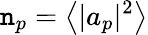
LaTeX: \mathtt{n}_{p}=\left<|a_{p}|^{2}\right>